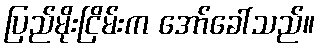
ပြည်မိုးငြိမ်းက အော်ခေါ်သည်။